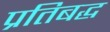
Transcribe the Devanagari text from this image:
प्रतिबद्ध